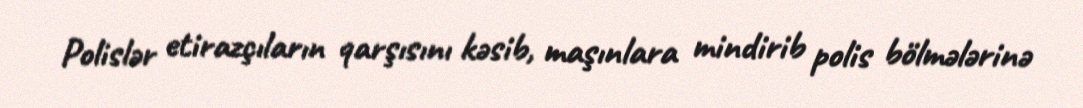
Polislər etirazçıların qarşısını kəsib, maşınlara mindirib polis bölmələrinə